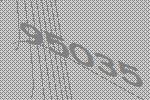
95035